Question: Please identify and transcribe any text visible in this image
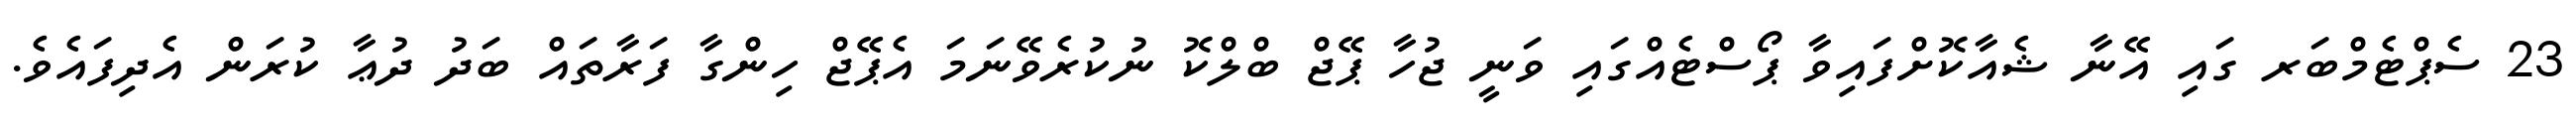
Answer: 23 ސެޕްޓެމްބަރ ގައި އޭނާ ޝެއާކޮށްފައިވާ ޕޯސްޓެއްގައި ވަނީ ޖުހާ ޕޭޖް ބްލްކޮ ނުކުރެވޭނަމަ އެޕޭޖް ހިންގާ ފަރާތައް ބަދު ދުޢާ ކުރަން އެދިފައެވެ.